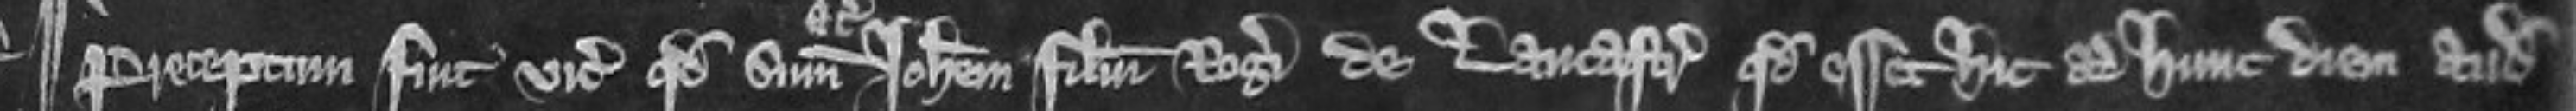
¶Preceptum fuit vicecomiti quod summoniret Johannem filium Rogeri de Lancastr quod esset hic ad hunc diem audiendum